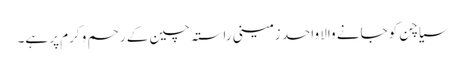
سیاچن کو جانے والا واحد زمینی راستہ چین کے رحم و کرم پر ہے۔